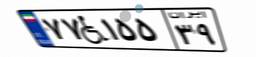
۷۷W۱۵۵۳۹